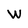
Character: W